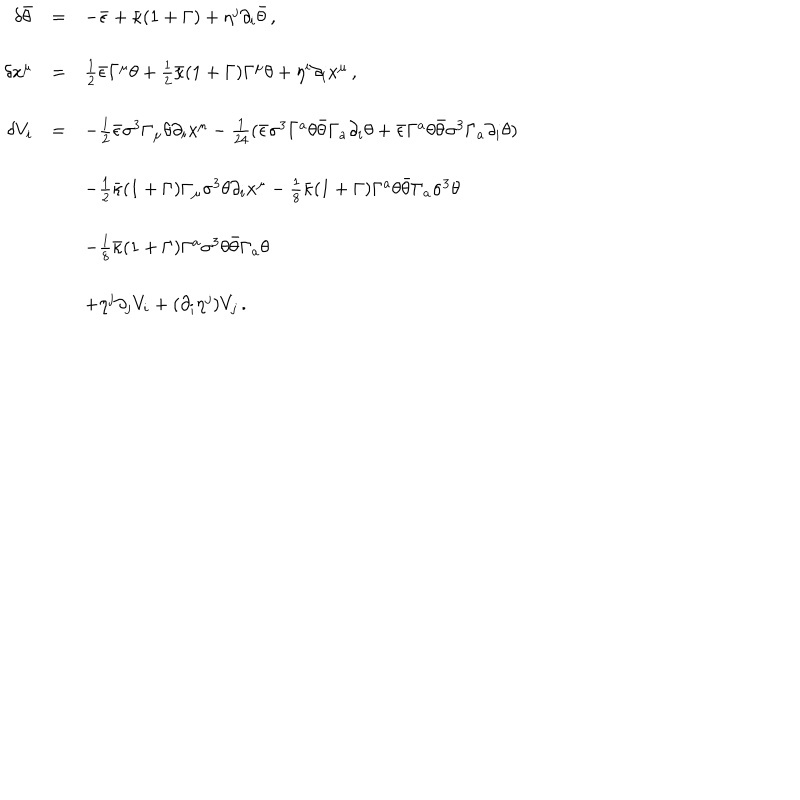
\begin{array} { r c l } { { \delta \bar { \theta } } } & { { = } } & { { - \bar { \epsilon } + \bar { \kappa } ( 1 + \Gamma ) + \eta ^ { j } \partial _ { i } \bar { \theta } \, , } } \\ { { } } & { { } } & { { } } \\ { { \delta x ^ { \mu } } } & { { = } } & { { \frac { 1 } { 2 } \bar { \epsilon } \Gamma ^ { \mu } \theta + \frac { 1 } { 2 } \bar { \kappa } ( 1 + \Gamma ) \Gamma ^ { \mu } \theta + \eta ^ { i } \partial _ { i } x ^ { \mu } \, , } } \\ { { } } & { { } } & { { } } \\ { { \delta V _ { i } } } & { { = } } & { { - \frac { 1 } { 2 } \bar { \epsilon } \sigma ^ { 3 } \Gamma _ { \mu } \theta \partial _ { i } x ^ { \mu } - \frac { 1 } { 2 4 } ( \bar { \epsilon } \sigma ^ { 3 } \Gamma ^ { a } \theta \bar { \theta } \Gamma _ { a } \partial _ { i } \theta + \bar { \epsilon } \Gamma ^ { a } \theta \bar { \theta } \sigma ^ { 3 } \Gamma _ { a } \partial _ { i } \theta ) } } \\ { { } } & { { } } & { { } } \\ { { } } & { { } } & { { - \frac { 1 } { 2 } \bar { \kappa } ( 1 + \Gamma ) \Gamma _ { \mu } \sigma ^ { 3 } \theta \partial _ { i } x ^ { \mu } - \frac { 1 } { 8 } \bar { \kappa } ( 1 + \Gamma ) \Gamma ^ { a } \theta \bar { \theta } \Gamma _ { a } \sigma ^ { 3 } \theta } } \\ { { } } & { { } } & { { } } \\ { { } } & { { } } & { { - \frac { 1 } { 8 } \bar { \kappa } ( 1 + \Gamma ) \Gamma ^ { a } \sigma ^ { 3 } \theta \bar { \theta } \Gamma _ { a } \theta } } \\ { { } } & { { } } & { { } } \\ { { } } & { { } } & { { + \eta ^ { j } \partial _ { j } V _ { i } + ( \partial _ { i } \eta ^ { j } ) V _ { j } \, . } } \\ \end{array}